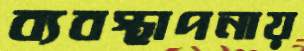
ব্যবস্থাপনায়